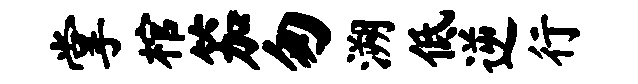
掌棺笳匆溯低逆行